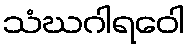
သံဃဂါရဝေါ